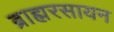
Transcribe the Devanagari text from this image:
ब्राह्मरसायन